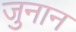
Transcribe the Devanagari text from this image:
जुनान